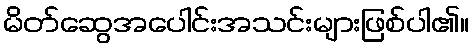
မိတ်ဆွေအပေါင်းအသင်းများဖြစ်ပါ၏။